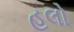
હલો